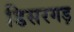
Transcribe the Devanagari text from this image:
डिसरगड़